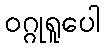
ဝဂ္ဂုရူပေါ